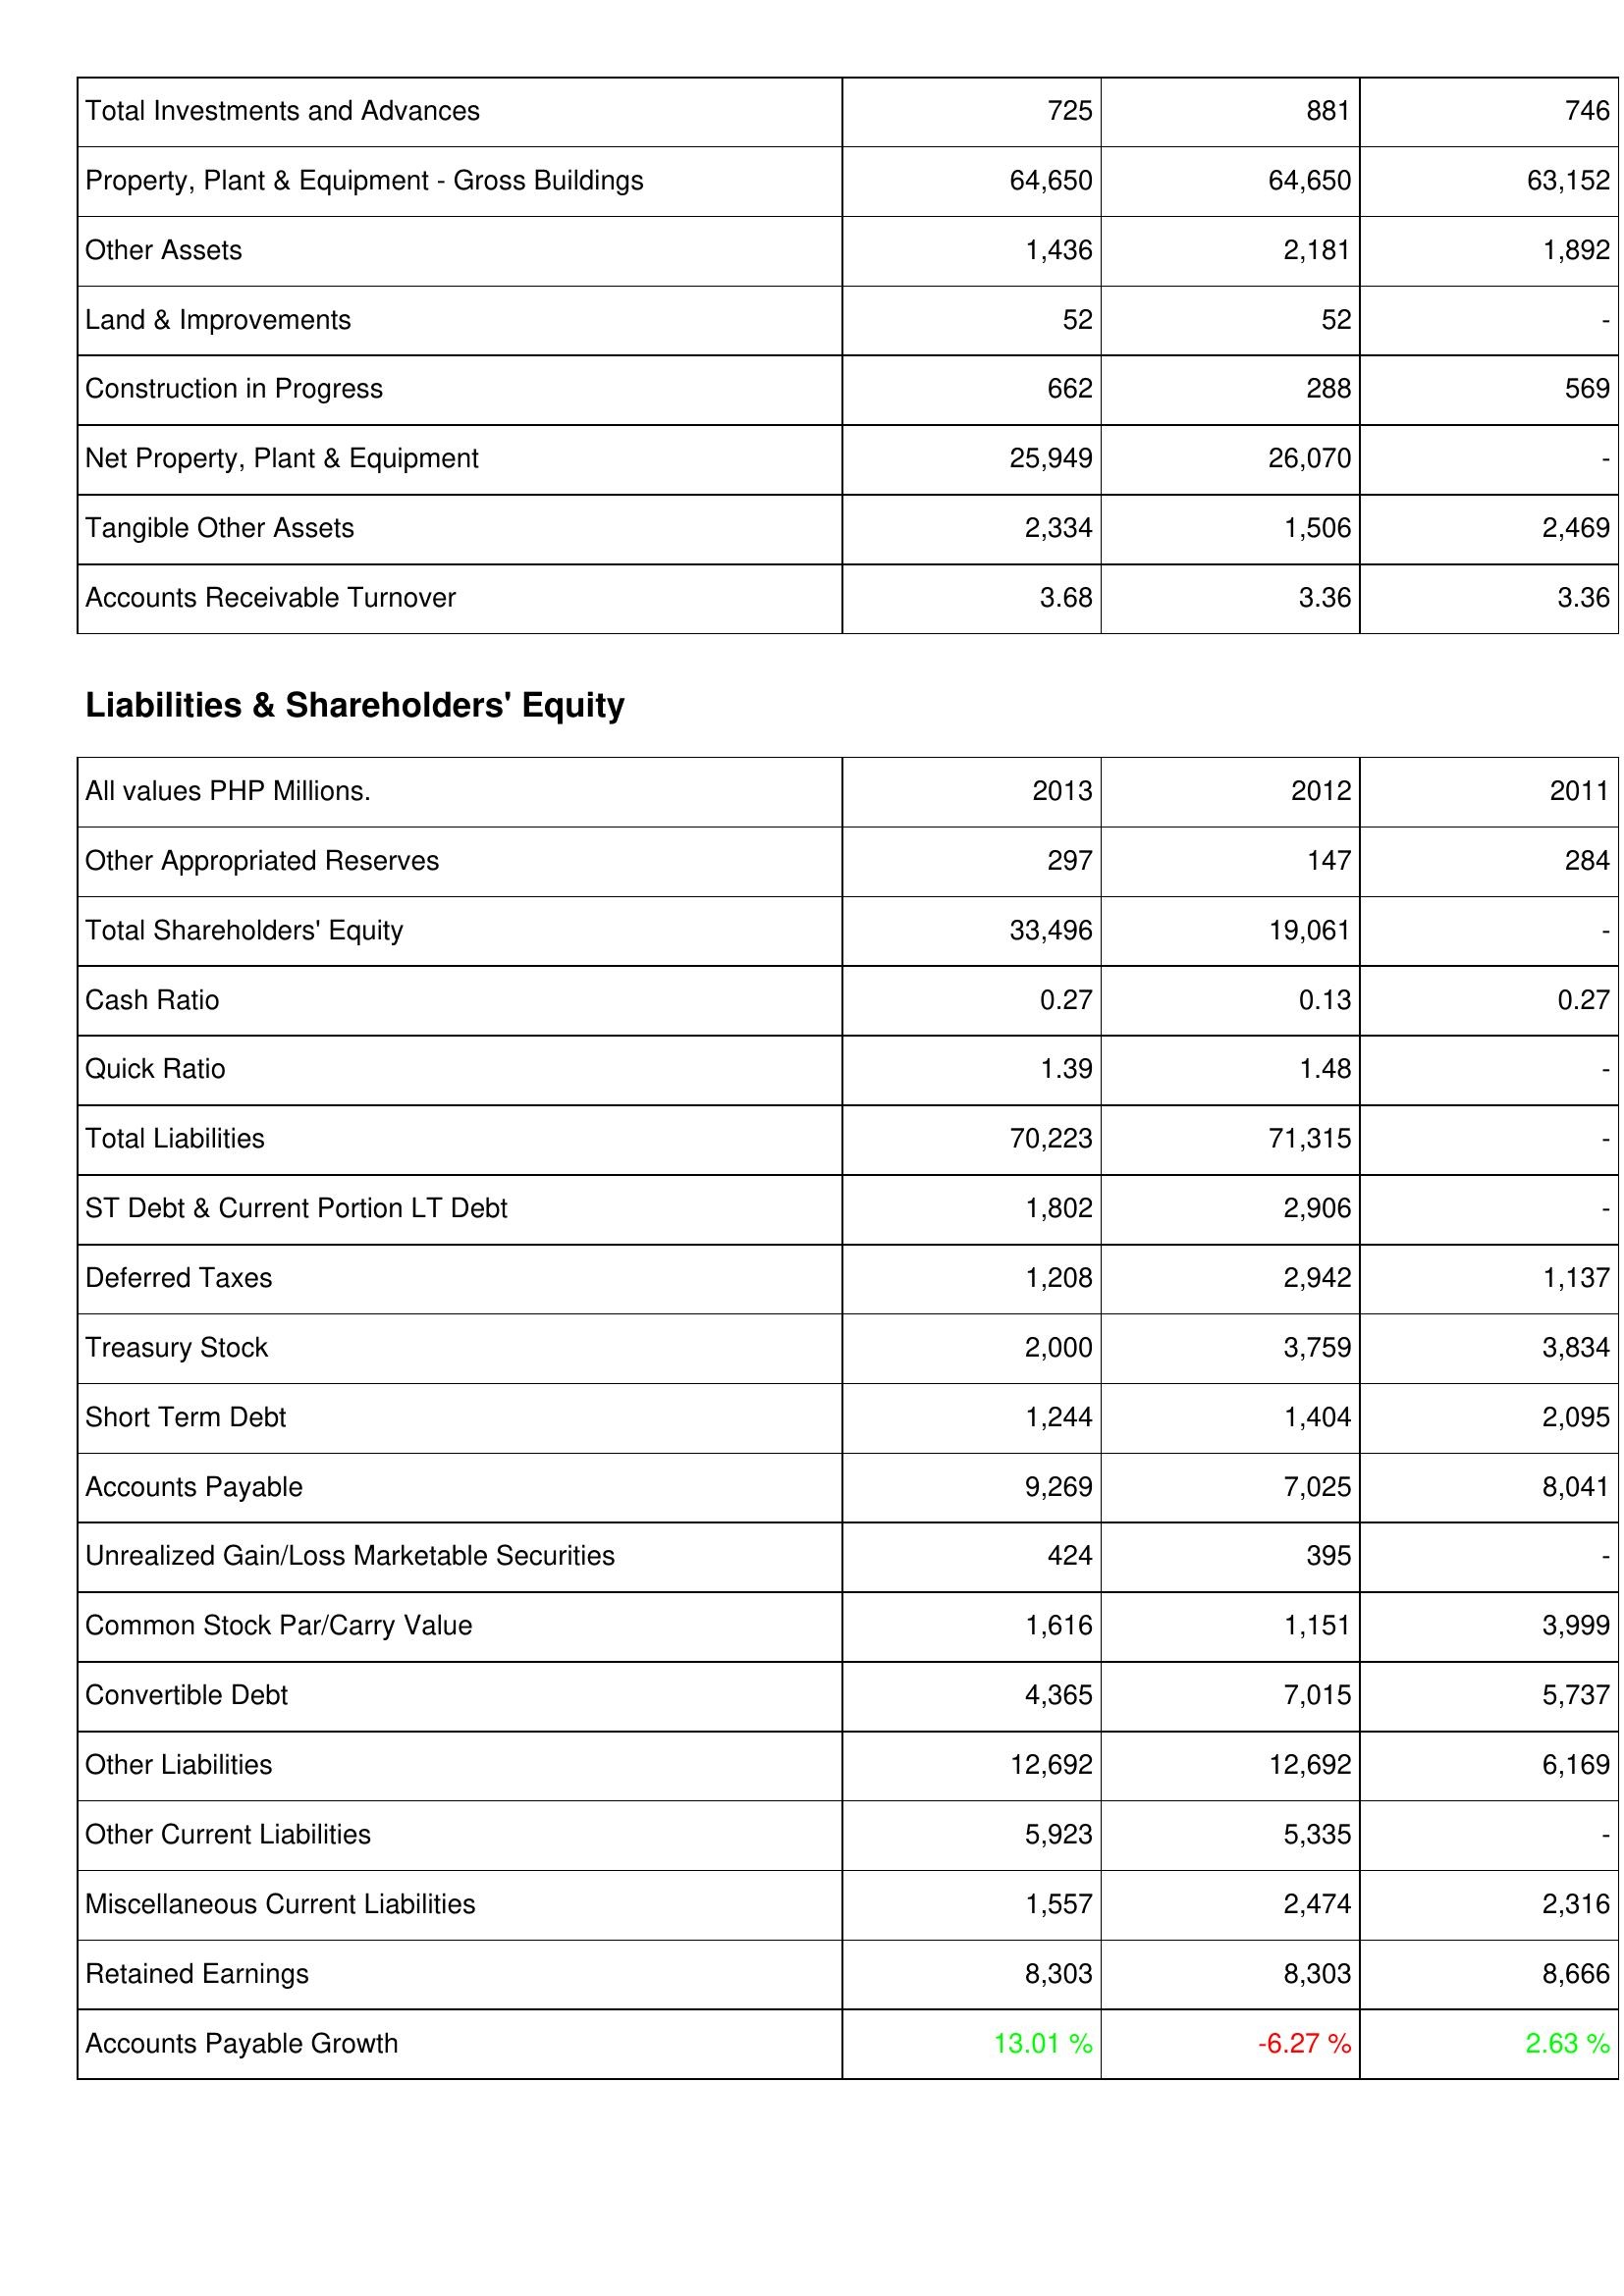
2013: Assets: Total Investments and Advances: 725
Property, Plant & Equipment - Gross Buildings: 64,650
Other Assets: 1,436
Land & Improvements: 52
Construction in Progress: 662
Net Property, Plant & Equipment: 25,949
Tangible Other Assets: 2,334
Accounts Receivable Turnover: 3.68
Liabilities & Shareholders' Equity: Other Appropriated Reserves: 297
Total Shareholders' Equity: 33,496
Cash Ratio: 0.27
Quick Ratio: 1.39
Total Liabilities: 70,223
ST Debt & Current Portion LT Debt: 1,802
Deferred Taxes: 1,208
Treasury Stock: 2,000
Short Term Debt: 1,244
Accounts Payable: 9,269
Unrealized Gain/Loss Marketable Securities: 424
Common Stock Par/Carry Value: 1,616
Convertible Debt: 4,365
Other Liabilities: 12,692
Other Current Liabilities: 5,923
Miscellaneous Current Liabilities: 1,557
Retained Earnings: 8,303
Accounts Payable Growth: 13.01 %
2012: Assets: Total Investments and Advances: 881
Property, Plant & Equipment - Gross Buildings: 64,650
Other Assets: 2,181
Land & Improvements: 52
Construction in Progress: 288
Net Property, Plant & Equipment: 26,070
Tangible Other Assets: 1,506
Accounts Receivable Turnover: 3.36
Liabilities & Shareholders' Equity: Other Appropriated Reserves: 147
Total Shareholders' Equity: 19,061
Cash Ratio: 0.13
Quick Ratio: 1.48
Total Liabilities: 71,315
ST Debt & Current Portion LT Debt: 2,906
Deferred Taxes: 2,942
Treasury Stock: 3,759
Short Term Debt: 1,404
Accounts Payable: 7,025
Unrealized Gain/Loss Marketable Securities: 395
Common Stock Par/Carry Value: 1,151
Convertible Debt: 7,015
Other Liabilities: 12,692
Other Current Liabilities: 5,335
Miscellaneous Current Liabilities: 2,474
Retained Earnings: 8,303
Accounts Payable Growth: -6.27 %
2011: Assets: Total Investments and Advances: 746
Property, Plant & Equipment - Gross Buildings: 63,152
Other Assets: 1,892
Land & Improvements: -
Construction in Progress: 569
Net Property, Plant & Equipment: -
Tangible Other Assets: 2,469
Accounts Receivable Turnover: 3.36
Liabilities & Shareholders' Equity: Other Appropriated Reserves: 284
Total Shareholders' Equity: -
Cash Ratio: 0.27
Quick Ratio: -
Total Liabilities: -
ST Debt & Current Portion LT Debt: -
Deferred Taxes: 1,137
Treasury Stock: 3,834
Short Term Debt: 2,095
Accounts Payable: 8,041
Unrealized Gain/Loss Marketable Securities: -
Common Stock Par/Carry Value: 3,999
Convertible Debt: 5,737
Other Liabilities: 6,169
Other Current Liabilities: -
Miscellaneous Current Liabilities: 2,316
Retained Earnings: 8,666
Accounts Payable Growth: 2.63 %